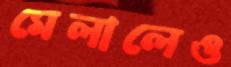
মেলালেও